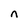
Character: n